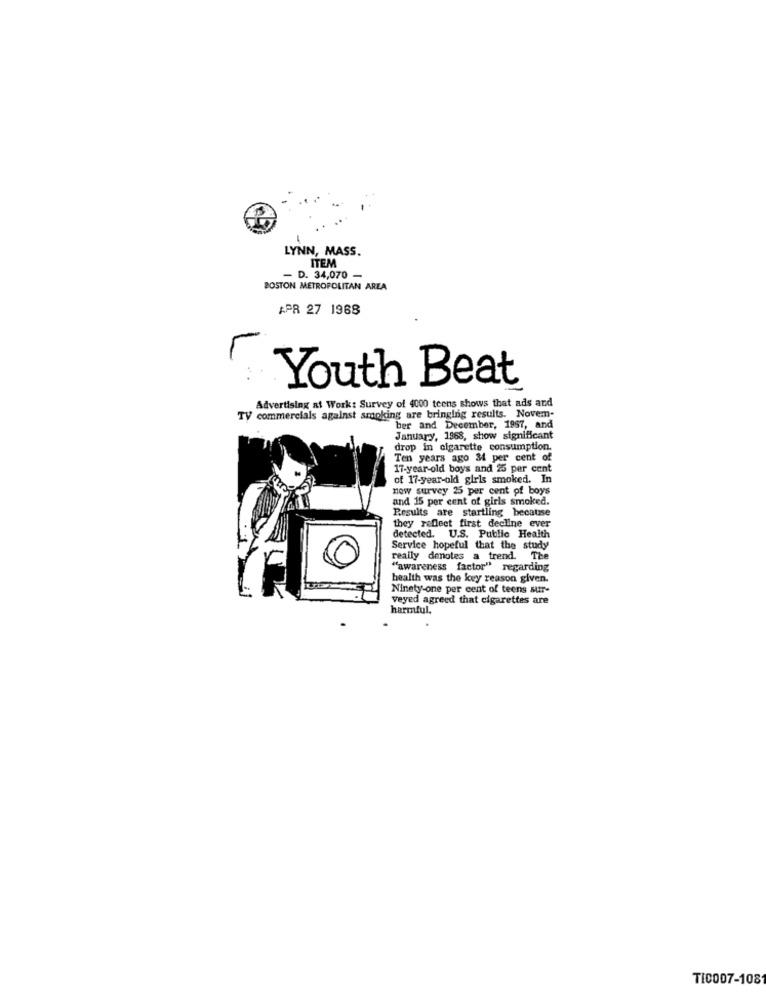
1
LYNN, MASS.
ITEM
- D. 34,070 -
BOSTON METROPOLITAN AREA
APR 27 1968
Youth Beat
Advertising at Work: Survey of 4000 teens shows that ads and
TV commercials against sranking are bringing results. Novem-
ber and December, 1957, and
January, 1968, show significant
drop in cigarette consumption.
Ten years ago 34 per cent of
17-year-old boys and 25 per cent
of 17-year-old girls smoked. In
now survey 25 per cent of boys
and 15 per cent of girls smoked.
Results are startling because
they reflect first decline ever
detected.
U.S. Public Health
Service hopeful that the study
really denotes a trend. The
"awareness factor" regarding
health was the key reason given.
Ninety one per cent of teens sur-
Veyed agreed that cigarettes are
harmful.
TI0007-1081